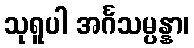
သုရူပါ အင်္ဂသမ္ပန္နာ၊